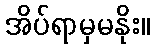
အိပ်ရာမှမနိုး။